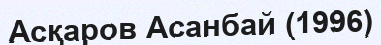
Асқаров Асанбай (1996)